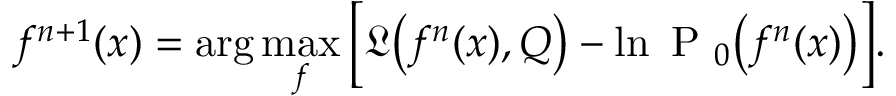
f ^ { n + 1 } ( x ) = \arg \operatorname* { m a x } _ { f } \Big [ \mathfrak { L } \big ( f ^ { n } ( x ) , Q \big ) - \ln \mathrm { ~ P ~ } _ { 0 } \big ( f ^ { n } ( x ) \big ) \Big ] .